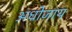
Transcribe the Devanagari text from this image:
अधोजाय